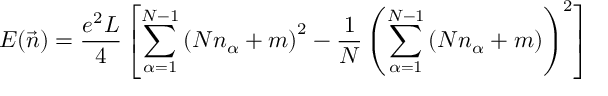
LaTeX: E ( \vec { n } ) = \frac { e ^ { 2 } L } { 4 } \left[ \sum _ { \alpha = 1 } ^ { N - 1 } \left( N n _ { \alpha } + m \right) ^ { 2 } - \frac { 1 } { N } \left( \sum _ { \alpha = 1 } ^ { N - 1 } \left( N n _ { \alpha } + m \right) \right) ^ { 2 } \right]